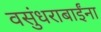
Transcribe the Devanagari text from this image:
वसुंधराबाईंना